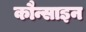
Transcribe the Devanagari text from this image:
कौन्साइन